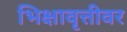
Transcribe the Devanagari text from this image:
भिक्षावृत्तीवर